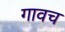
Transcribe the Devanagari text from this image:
गावच